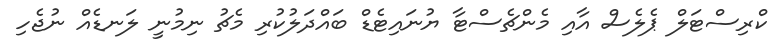
ކްރިސްޓަލް ޕެލެސް އާއި މެންޗެސްޓާ ޔުނައިޓެޑް ބައްދަލުކުރި މެޗު ނިމުނީ ލަނޑެއް ނުޖެހި